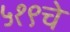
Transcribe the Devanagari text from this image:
५१९चे